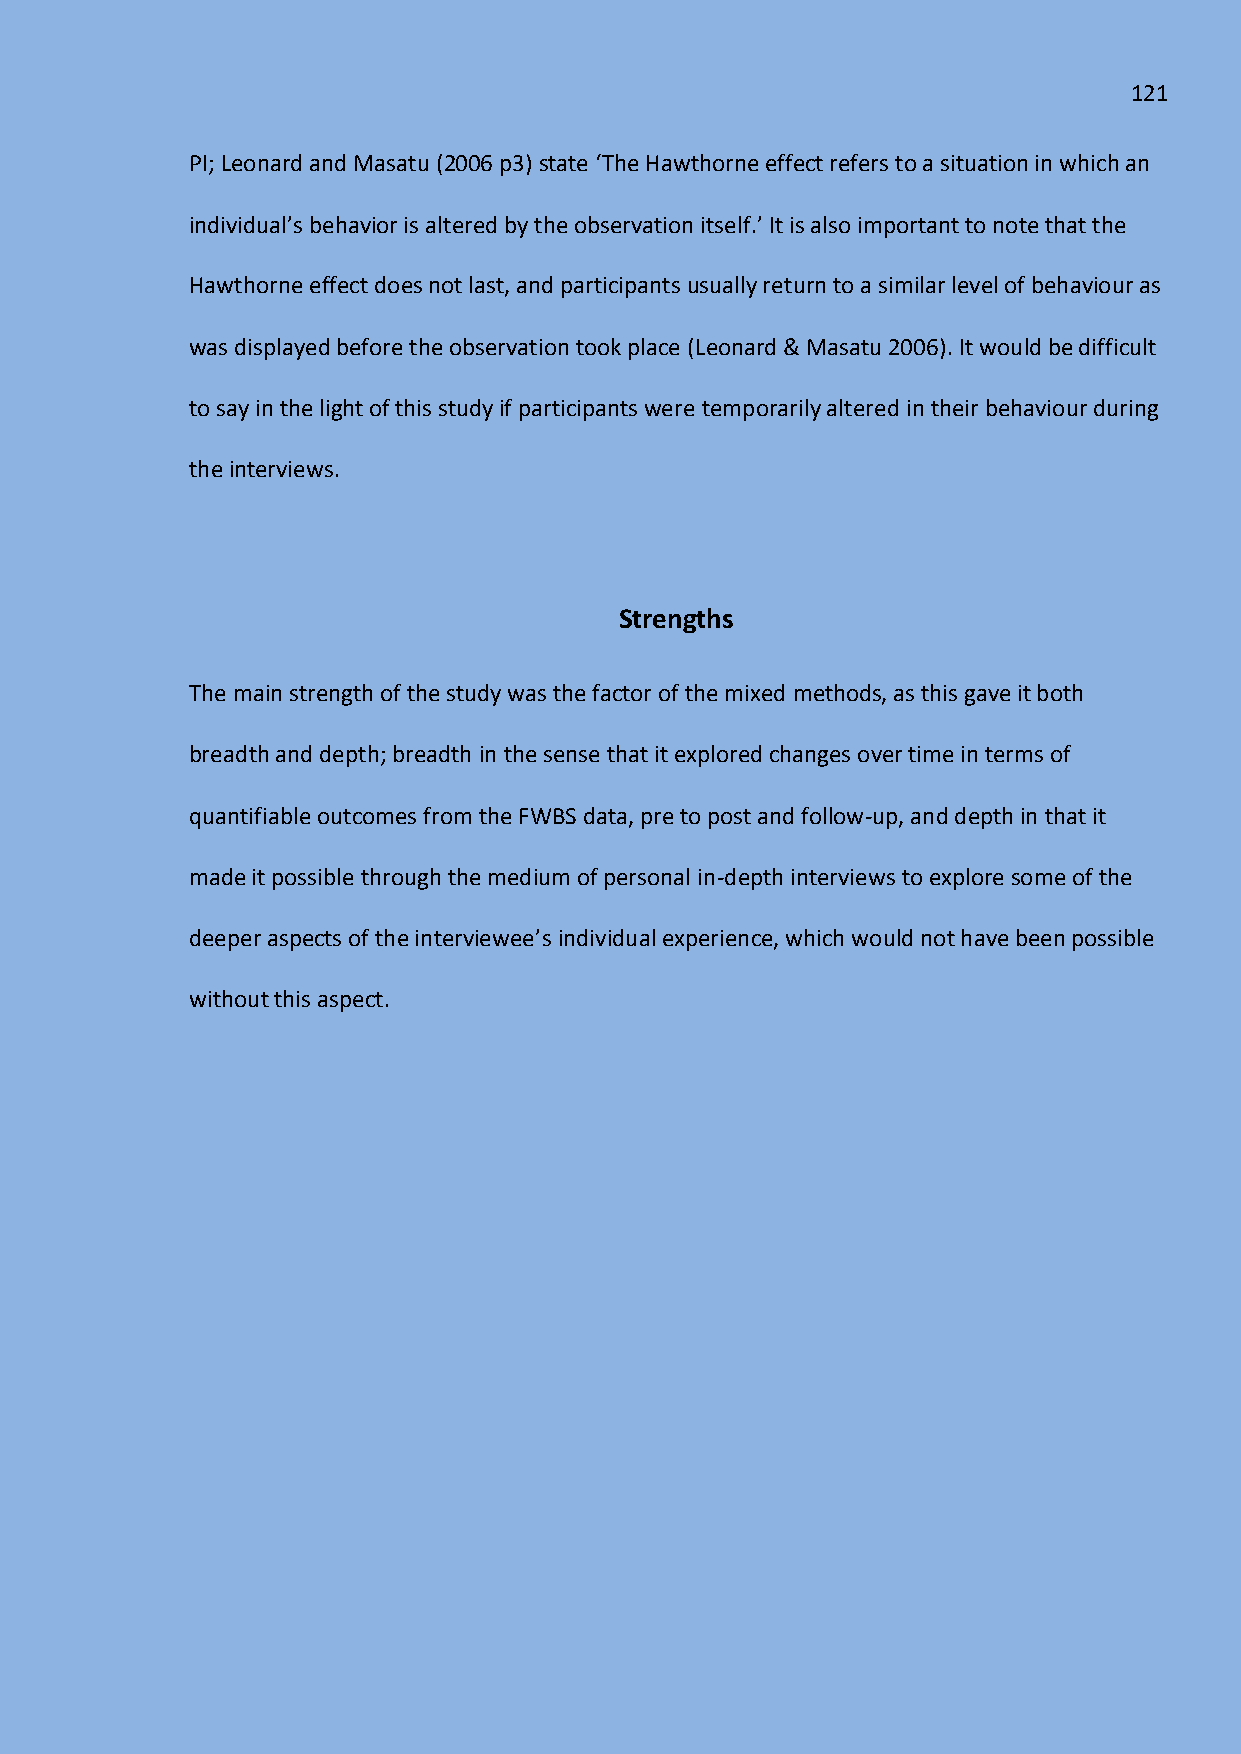
121
 PI; Leonard and Masatu (2006 p3) state ‘The Hawthorne effect refers to a situation in which an
 individual’s behavior is altered by the observation itself.’ It is also important to note that the
 Hawthorne effect does not last, and participants usually return to a similar level of behaviour as
 was displayed before the observation took place (Leonard & Masatu 2006). It would be difficult
 to say in the light of this study if participants were temporarily altered in their behaviour during
 the interviews.
 Strengths
 The main strength of the study was the factor of the mixed methods, as this gave it both
 breadth and depth; breadth in the sense that it explored changes over time in terms of
 quantifiable outcomes from the FWBS data, pre to post and follow-up, and depth in that it
 made it possible through the medium of personal in-depth interviews to explore some of the
 deeper aspects of the interviewee’s individual experience, which would not have been possible
 without this aspect.